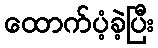
ထောက်ပံ့ခဲ့ပြီး